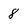
Character: 8